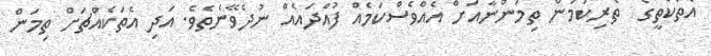
އެތަކެތީގެ  ތެރިކަމުން ތިމަންނާއަށް އެއްވެސްކަމެއް ފުއްދައެއް ނުދެވޭނެތެވެ. އަދި އެތަކެއްޗަށް ތިމަން